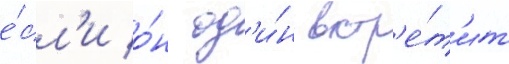
е́сл'и о́н од'и́н встр'е́т'ит